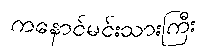
ကနောင်မင်းသားကြီး